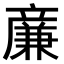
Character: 𠔳